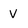
Character: V